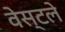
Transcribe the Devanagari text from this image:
वेस्टले